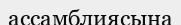
ассамблиясына